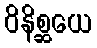
ဝိနိစ္ဆယေ